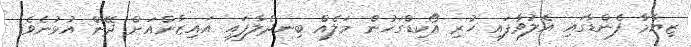
ޒިޔާމާ ފެންޑާގައި އެލުވާފައި ހުރި އޯކިޑްގަހުން މަލެއް ބިނދެލާފައި އައިޒާންއަށް ދޭން އުޅުނެވެ.